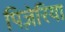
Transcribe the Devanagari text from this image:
पिज़ेरिया